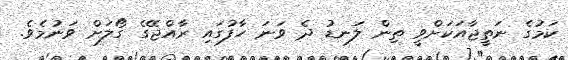
ކަމުގެ ނަތީޖާއަކަށްވީ ތިން ލަނޑު ދެ ވަނަ ހާފުގައި ރާއްޖޭގެ ގޯލަށް ވަނުމެވެ.